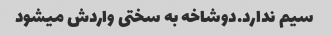
سیم ندارد.دوشاخه به سختی واردش میشود